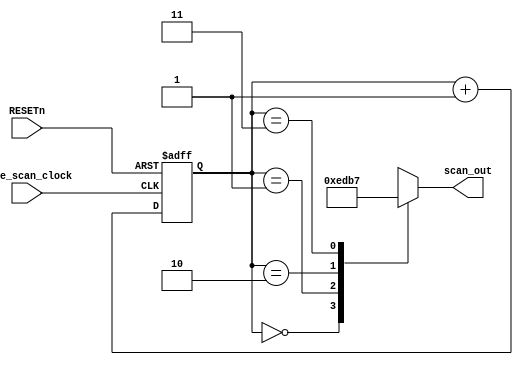
`timescale 1ns / 1ps
//////////////////////////////////////////////////////////////////////////////////
// Company: 
// Engineer: 
// 
// Design Name: 
// Module Name:    Seven_Seg_Scan 
// Project Name: 
// Target Devices: 
// Tool versions: 
// Description: 
//
// Dependencies: 
//
// Revision: 
// Revision 0.01 - File Created
// Additional Comments: 
//
//////////////////////////////////////////////////////////////////////////////////
module Seven_Seg_Scan(base_scan_clock, RESETn, scan_out);
   input base_scan_clock, RESETn;
   output [3:0] scan_out;
   reg [3:0] 	scan_out;
   reg [1:0] 	sel;
   

   always@(posedge base_scan_clock or posedge RESETn)
     begin
	if(RESETn)
	  sel<=2'b00;
	else
	  sel<=sel+1'b1;
     end

   always@(sel[1:0])
     case(sel[1:0])
       //Please design your scan logic here within the case block
       2'b00:scan_out = 4'b1110;// Enable U1 Cq1
       2'b01:scan_out = 4'b1101;// Enable U2 Cq2
       2'b10:scan_out = 4'b1011;// Enable U3 Cq3
       2'b11:scan_out = 4'b0111;// Enable U4 Cq4 		 
     endcase

endmodule